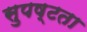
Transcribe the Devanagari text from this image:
सुपष्टता